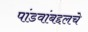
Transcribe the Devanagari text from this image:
पांडवांबद्दलचे